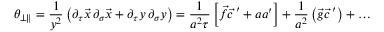
\theta _ { \bot \parallel } = \frac { 1 } { y ^ { 2 } } \left( \partial _ { \tau } \vec { x } \, \partial _ { \sigma } \vec { x } + \partial _ { \tau } y \, \partial _ { \sigma } y \right) = \frac { 1 } { a ^ { 2 } \tau } \left[ \vec { f } { \vec { c } \, } ^ { \prime } + a a ^ { \prime } \right] + \frac { 1 } { a ^ { 2 } } \left( \vec { g } { \vec { c } \, } ^ { \prime } \right) + \ldots